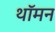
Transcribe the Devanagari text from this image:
थॉमन